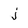
Character: j